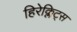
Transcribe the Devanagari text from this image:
हिरेक्लिट्स